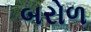
બરોળ